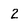
Character: 2